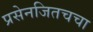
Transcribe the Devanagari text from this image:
प्रसेनजितचचा